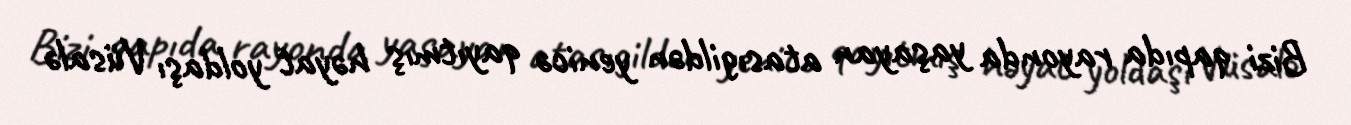
Bizi qapıda rayonda yaşayan atasıgildən yenicə qayıtmış həyat yoldaşı Vüsalə